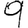
Digit: 9